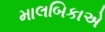
માલબિકાએ